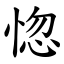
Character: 惚